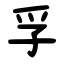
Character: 孚